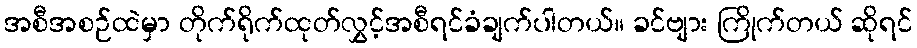
အစီအစဉ်ထဲမှာ တိုက်ရိုက်ထုတ်လွှင့်အစီရင်ခံချက်ပါတယ်။ ခင်ဗျား ကြိုက်တယ် ဆိုရင်